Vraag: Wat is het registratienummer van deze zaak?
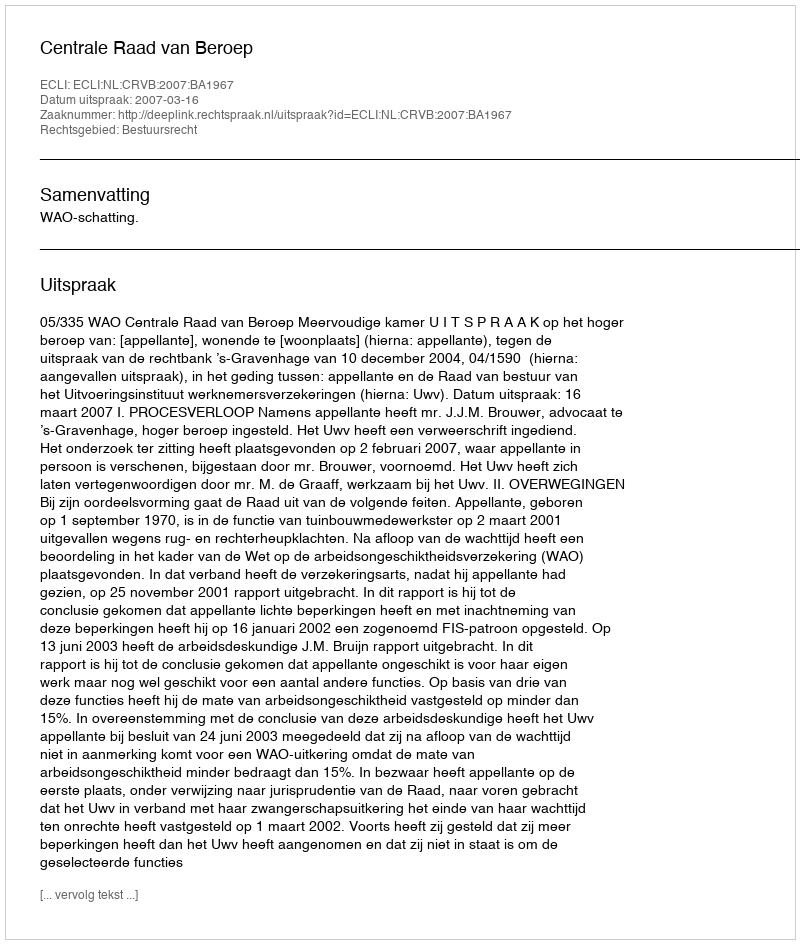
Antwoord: http://deeplink.rechtspraak.nl/uitspraak?id=ECLI:NL:CRVB:2007:BA1967